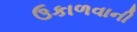
ઉકાળવાની